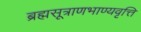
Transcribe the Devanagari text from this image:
ब्रह्मसूत्राणभाण्यवृत्ति